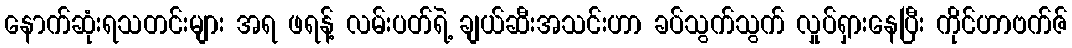
နောက်ဆုံးရသတင်းများ အရ ဖရန့် လမ်းပတ်ရဲ့ ချယ်ဆီးအသင်းဟာ ခပ်သွက်သွက် လှုပ်ရှားနေပြီး ကိုင်ဟာဗက်ဇ်